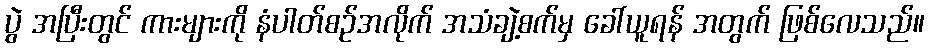
ပွဲ အပြီးတွင် ကားများကို နံပါတ်စဉ်အလိုက် အသံချဲ့စက်မှ ခေါ်ယူရန် အတွက် ဖြစ်လေသည်။